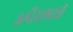
ફકીરાભાઈ